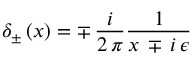
\delta _ { \pm } \, ( x ) = \mp \, { \frac { i } { 2 \, \pi } } { \frac { 1 } { x \, \mp \, i \, \epsilon } }